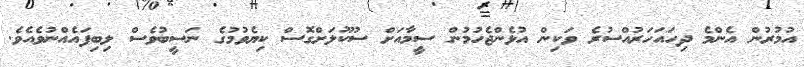
އުމުރުން އެންމެ ދިހައަހަރުއްސުރެ ވަކިން އުޅެންޖެހުމުން ސީމާއަށް ސުކޫލަށްގޮސް ކިޔެވުމުގެ ނަސީބުވެސް ލިބިފައެއްނުވެއެވެ.